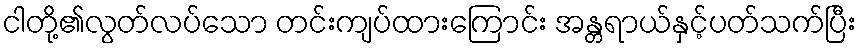
ငါတို့၏လွတ်လပ်သော တင်းကျပ်ထားကြောင်း အန္တရာယ်နှင့်ပတ်သက်ပြီး